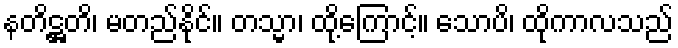
နတိဋ္ဌတိ၊ မတည်နိုင်။ တသ္မာ၊ ထို့ကြောင့်။ သောပိ၊ ထိုကာလသည်